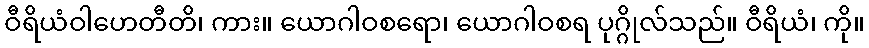
ဝီရိယံဝါဟေတီတိ၊ ကား။ ယောဂါဝစရော၊ ယောဂါဝစရ ပုဂ္ဂိုလ်သည်။ ဝီရိယံ၊ ကို။